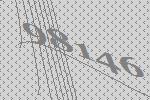
98146